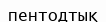
пентодтық